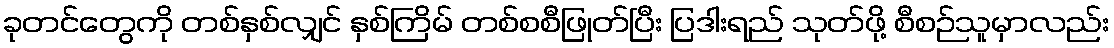
ခုတင်တွေကို တစ်နှစ်လျှင် နှစ်ကြိမ် တစ်စစီဖြုတ်ပြီး ပြဒါးရည် သုတ်ဖို့ စီစဉ်သူမှာလည်း